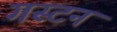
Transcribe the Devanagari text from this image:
गस्टन